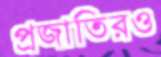
প্রজাতিরও